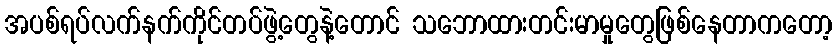
အပစ်ရပ်လက်နက်ကိုင်တပ်ဖွဲ့တွေနဲ့တောင် သဘောထားတင်းမာမှုတွေဖြစ်နေတာကတော့